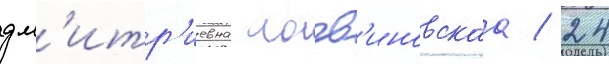
дм'итр'иевна логв'иновскаа / 24